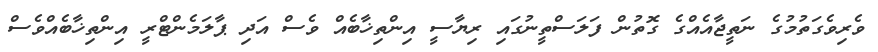
ވެރިވެގަތުމުގެ ނަތީޖާއެއްގެ ގޮތުން ފަލަސްތީނުގައި ރިޔާސީ އިންތިޚާބެއް ވެސް އަދި ޕާލަމެންޓްރީ އިންތިޚާބެއްވެސް